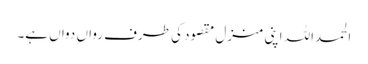
الحمداللہ اپنی منزل مقصود کی طرف رواں دواں ہے۔